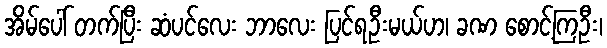
အိမ်ပေါ် တက်ပြီး ဆံပင်လေး ဘာလေး ပြင်ရဦးမယ်ဟ၊ ခဏ စောင့်ကြဦး၊